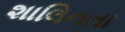
શાલિનતા